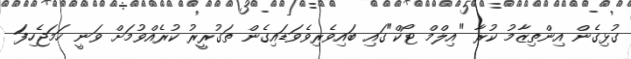
ގުޅިގެން އިންތިޒާމު ކުރާ "އިލްމް ޓޯކް"ގައި ބައިވެރިވެވަޑައިގެން ތަގުރީރު ކުރެއްވުމަށް ވަނީ ހަމަޖެހިފަަ